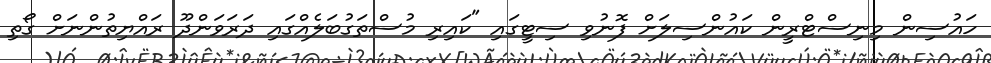
ހައުސިން މިނިސްޓްރީން ކައުންސިލަށް ފޮނުވި ސިޓީގައި "ކައިރި މުސްތަގުބަލެއްގައި ދަރަވަންދޫ ރައްޔިތުންނަށް ގޯތި